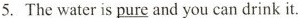
5. The water is \underline{ pure} and you can drink it.